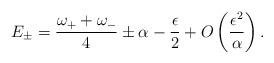
LaTeX: \begin{align*}E_\pm = {\omega_+ + \omega_- \over 4} \pm \alpha - {\epsilon \over 2}+ O\left({\epsilon^2 \over \alpha}\right).\end{align*}